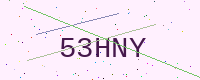
Text: 53HNY